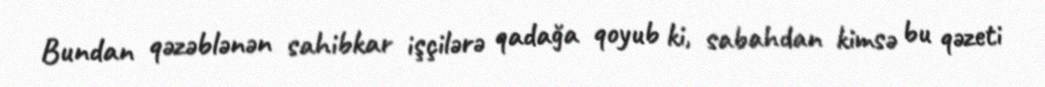
Bundan qəzəblənən sahibkar işçilərə qadağa qoyub ki, sabahdan kimsə bu qəzeti